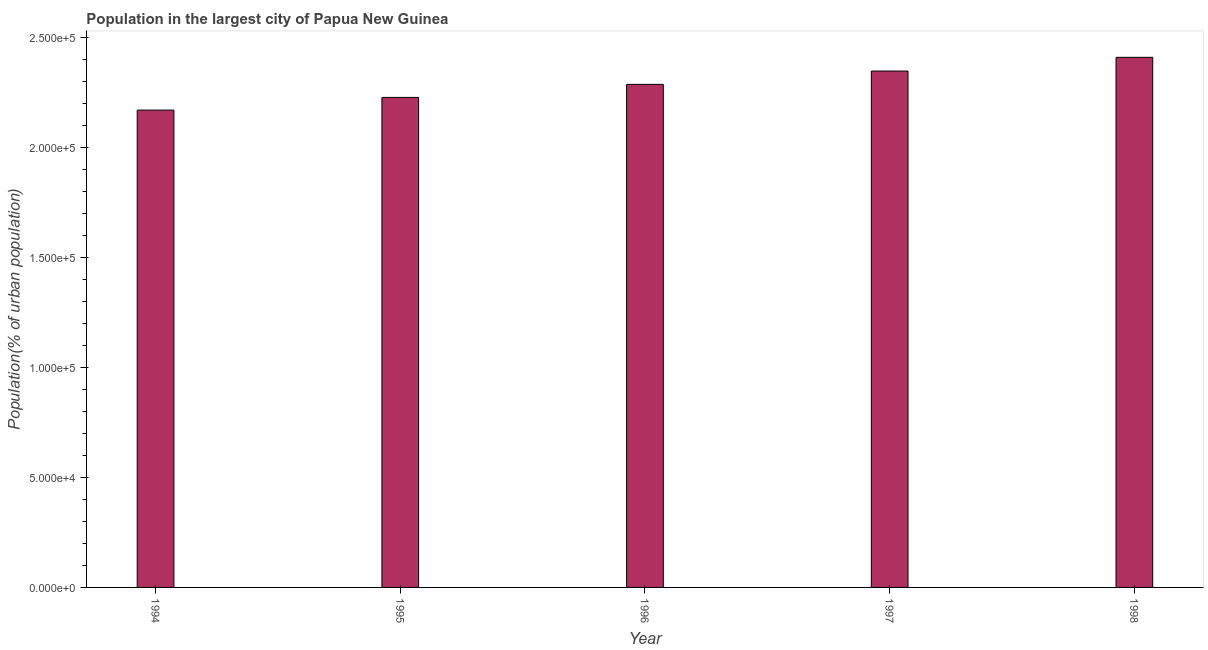
| Year | Population in largest city |
 | --- | --- |
 | 1994 | 2.17e+05 |
 | 1995 | 2.23e+05 |
 | 1996 | 2.29e+05 |
 | 1997 | 2.35e+05 |
 | 1998 | 2.41e+05 |